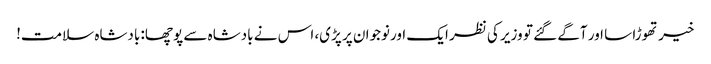
خیر تھوڑا سا اور آگے گئے تو وزیر کی نظر ایک اورنوجوان پر پڑی، اس نے بادشاہ سے پوچھا: بادشاہ سلامت!